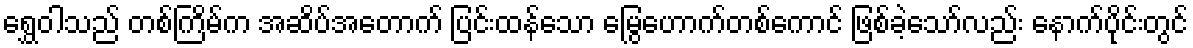
ရွှေဝါသည် တစ်ကြိမ်က အဆိပ်အတောက် ပြင်းထန်သော မြွေဟောက်တစ်ကောင် ဖြစ်ခဲ့သော်လည်း နောက်ပိုင်းတွင်